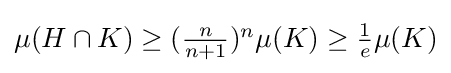
{\textstyle \mu (H\cap K)\geq ({\frac {n}{n+1}})^{n}\mu (K)\geq {\frac {1}{e}}\mu (K)}